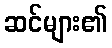
ဆင်များ၏